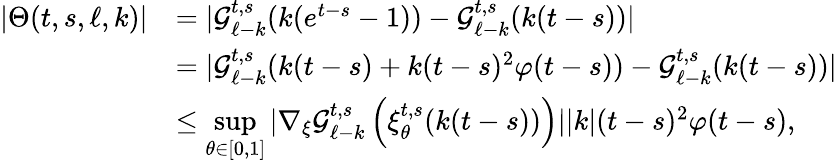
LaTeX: \begin{array}{rl}{\vert\Theta(t,s,\ell,k)\vert}&{=\vert\mathcal{G}_{\ell-k}^{t,s}(k(e^{t-s}-1))-\mathcal{G}_{\ell-k}^{t,s}(k(t-s))\vert}\\ &{=\vert\mathcal{G}_{\ell-k}^{t,s}(k(t-s)+k(t-s)^{2}\varphi(t-s))-\mathcal{G}_{\ell-k}^{t,s}(k(t-s))\vert}\\ &{\leq\underset{\theta\in[0,1]}{\operatorname*{sup}}\vert\nabla_{\xi}\mathcal{G}_{\ell-k}^{t,s}\left(\xi_{\theta}^{t,s}(k(t-s))\right)\vert\vert k\vert(t-s)^{2}\varphi(t-s),}\end{array}